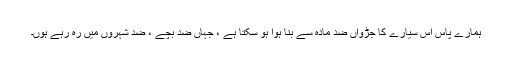
ہمارے پاس اس سیارے کا جڑواں ضد مادّہ سے بنا ہوا ہو سکتا ہے ، جہاں ضد بچے ، ضد شہروں میں رہ رہے ہوں۔